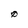
Character: 0